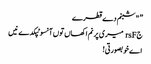
” "شبنم دے قطرے
جrsF میری پرنم اکھاں تو‏ں آنسو ٹپکدے نیں
اے خوبصورتی!